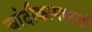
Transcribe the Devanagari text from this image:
चांदीकामासाठी